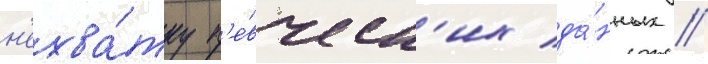
н'ехва́тку п'е́вческ'их да́нных //